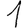
Digit: 1